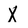
Character: X